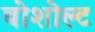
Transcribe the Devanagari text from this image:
बोशोल्ट